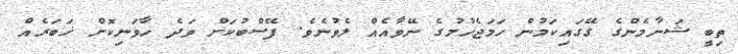
ތިބީ ޝަނާމެންގެ ގޭގައިކަމުން ހަމަޖެހުމުގެ ނޭވާއެއް ލެވުނެވެ. ފޭސްބުކަށް ވަދެ ހާވަނިކޮށް ޚަބަރެއް